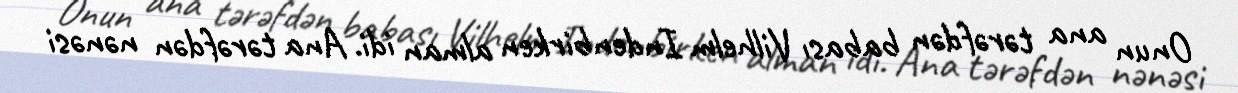
Onun ana tərəfdən babası Vilhelm Indenbirken alman idi. Ana tərəfdən nənəsi